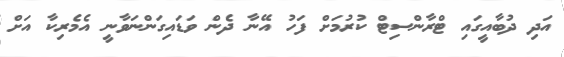
އަދި ދުބާއީގައި ޓްރާންސިޓް ކުރުމަށް ފަހު އޭނާ ދެން ވަޑައިގަންނަވާނީ އެމެރިކާ އަށް